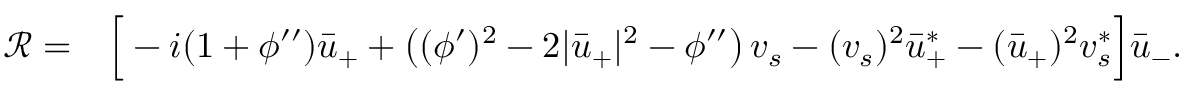
\begin{array} { r l } { { \mathcal { R } } = } & { { } \Big [ - i ( 1 + \phi ^ { \prime \prime } ) \bar { u } _ { + } + \left( ( \phi ^ { \prime } ) ^ { 2 } - 2 | \bar { u } _ { + } | ^ { 2 } - \phi ^ { \prime \prime } \right) v _ { s } - ( v _ { s } ) ^ { 2 } \bar { u } _ { + } ^ { * } - ( \bar { u } _ { + } ) ^ { 2 } v _ { s } ^ { * } \Big ] \bar { u } _ { - } . } \end{array}